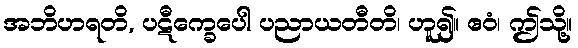
အဘိဟရတိ, ပဋီက္ခေပေါ ပညာယတီတိ၊ ဟူ၍။ ဧဝံ၊ ဤသို့။